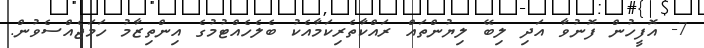
7- އޮފީހުން ފޮނުވާ އަދި ލިބޭ ލިޔުންތައް ރައްކާތެރިކަމާއެކު ބެލެހެއްޓުމުގެ އިންތިޒާމު ހަމަޖެއްސެވުން.